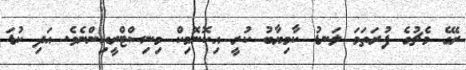
ރޭގެ މެޗުގެ ފުރަތަމަ ލަނޑު ކާމިޔާބު ކުރީ އިކޮނޮމިކް މިނިސްޓްރީއިންނެވެ. އަދި ކުޑަ